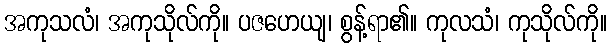
အကုသလံ၊ အကုသိုလ်ကို။ ပဇဟေယျ၊ စွန့်ရာ၏။ ကုလသံ၊ ကုသိုလ်ကို။